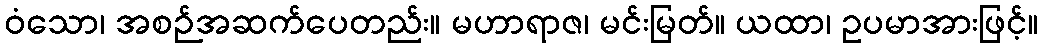
ဝံသော၊ အစဉ်အဆက်ပေတည်း။ မဟာရာဇ၊ မင်းမြတ်။ ယထာ၊ ဥပမာအားဖြင့်။